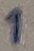
Text: 1